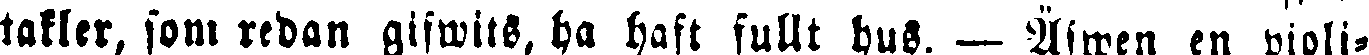
takler, som redan gifwits, ha haft fullt hus. — Äfwen en violi-